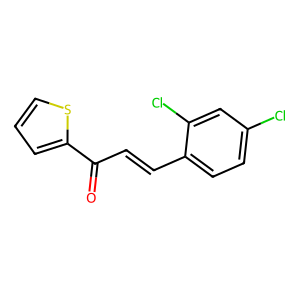
SMILES: O=C(C=Cc1ccc(Cl)cc1Cl)c1cccs1
Inhibits HIV replication: No